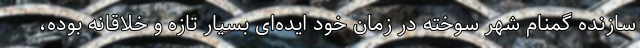
سازنده گمنام شهر سوخته در زمان خود ایده‌ای بسیار تازه و خلاقانه بوده،